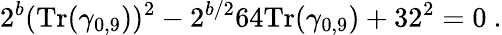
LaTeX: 2^{b}({\mathrm{Tr}}(\gamma_{0,9}))^{2}-2^{b/2}64{\mathrm{Tr}}(\gamma_{0,9})+32^{2}=0~.